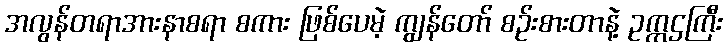
အလွန်တရာအားနာစရာ စကား ဖြစ်ပေမဲ့ ကျွန်တော် စဉ်းစားတာနဲ့ ဥက္ကဌကြီး